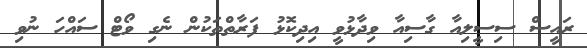
ރައީސް ސިސީލިއާ ގާސިއާ ވިދާޅުވީ އިދިކޮޅު ފަރާތްތަކުން ނެގި ވޯޓް ސައްހަ ނުވި